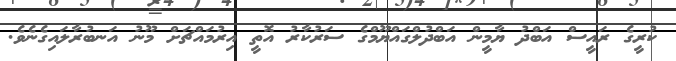
ކުރީގެ ރައީސް އަބްދު ޔާމީން އަބްދުލްގައްޔޫމްގެ ސަރުކާރު އޮތީ އިރުމައްޗަށް މޫނު އަނބުރާލައިގެނެވެ.